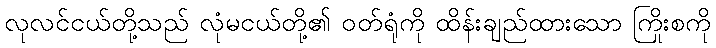
လုလင်ငယ်တို့သည် လုံမငယ်တို့၏ ဝတ်ရုံကို ထိန်းချည်ထားသော ကြိုးစကို